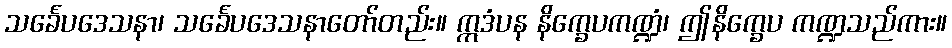
သင်္ခေပဒေသနာ၊ သင်္ခေပဒေသနာတော်တည်း။ ဣဒံပန နိက္ခေပကဏ္ဍံ၊ ဤနိက္ခေပ ကဏ္ဍသည်ကား။